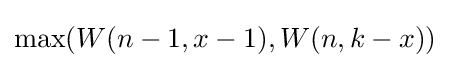
\max(W(n-1,x-1),W(n,k-x))